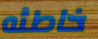
خاطئه